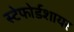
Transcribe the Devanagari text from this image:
स्टेफोर्डशायर